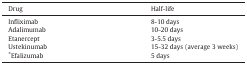
<table><thead><tr><td><b>Drug</b></td><td><b>Half-life</b></td></tr></thead><tbody><tr><td>Infliximab</td><td>8-10 days</td></tr><tr><td>Adalimumab</td><td>10-20 days</td></tr><tr><td>Etanercept</td><td>3-5.5 days</td></tr><tr><td>Ustekinumab</td><td>15-32 days (average 3 weeks)</td></tr><tr><td>⁎Efalizumab</td><td>5 days</td></tr></tbody></table>